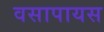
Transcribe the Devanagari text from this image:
वसापायस